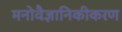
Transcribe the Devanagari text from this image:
मनोवैज्ञानिकीकरण